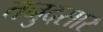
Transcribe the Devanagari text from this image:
तनुदसार